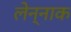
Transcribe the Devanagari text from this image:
लेन्नाक